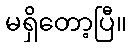
မရှိတော့ပြီ။